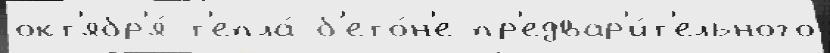
окт'ябр'я́ т'епла́ б'ето́н'е пр'едвар'и́т'ельного